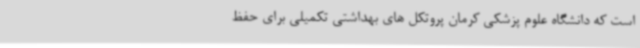
است که دانشگاه علوم پزشکی کرمان پروتکل های بهداشتی تکمیلی برای حفظ